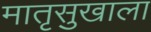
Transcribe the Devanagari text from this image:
मातृसुखाला